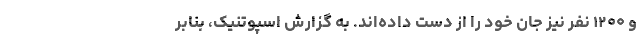
و ۱۲۰۰ نفر نیز جان خود را از دست داده‌اند. به گزارش اسپوتنیک، بنابر